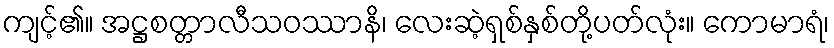
ကျင့်၏။ အဋ္ဌစတ္တာလီသဝဿာနိ၊ လေးဆဲ့ရှစ်နှစ်တို့ပတ်လုံး။ ကောမာရံ၊